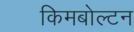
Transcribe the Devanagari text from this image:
किमबोल्टन